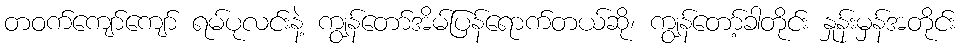
တဝက်ကျော်ကျော် ရမ်ပုလင်းနဲ့ ကျွန်တော်အိမ်ပြန်ရောက်တယ်ဆို၊ ကျွန်တော့်ခါတိုင်း နှုန်းမှန်အတိုင်း